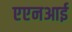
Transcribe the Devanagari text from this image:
एएनआई